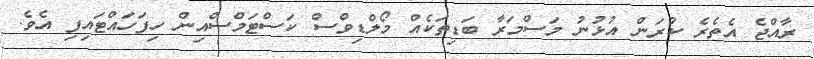
ރާއްޖެ އެތެރެ ކުރަން އުޅުނު މަސްމަރާ ބަޑިތަކެއް މޯލްޑިވްސް ކަސްޓަމްސްއިން ހިފަހައްޓައިފި އެވެ.